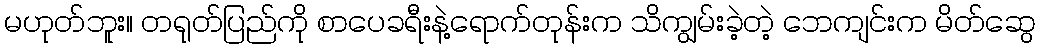
မဟုတ်ဘူး။ တရုတ်ပြည်ကို စာပေခရီးနဲ့ရောက်တုန်းက သိကျွမ်းခဲ့တဲ့ ဘေကျင်းက မိတ်ဆွေ